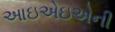
આઇએઇએની